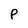
Character: P